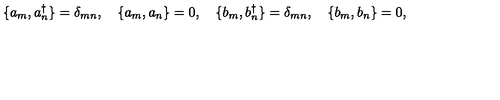
\{ a _ { m } , a _ { n } ^ { \dagger } \} = \delta _ { m n } , \quad \{ a _ { m } , a _ { n } \} = 0 , \quad \{ b _ { m } , b _ { n } ^ { \dagger } \} = \delta _ { m n } , \quad \{ b _ { m } , b _ { n } \} = 0 ,